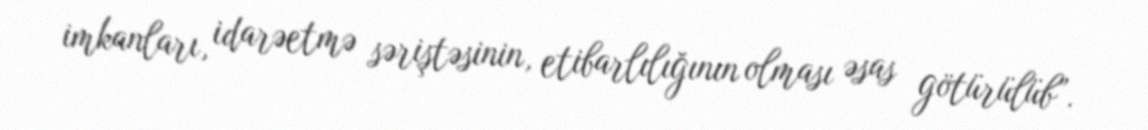
imkanları, idarəetmə səriştəsinin, etibarlılığının olması əsas götürülüb”.